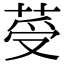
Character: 𦰹